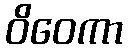
ဝိဝေကာ